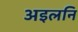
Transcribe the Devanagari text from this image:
अइलनि